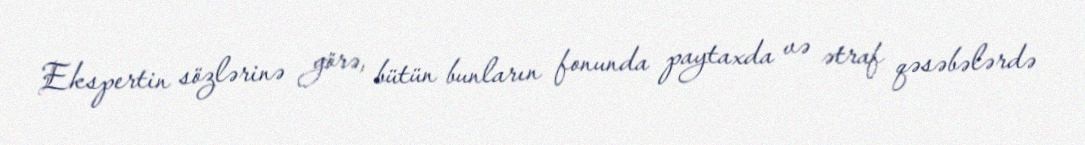
Ekspertin sözlərinə görə, bütün bunların fonunda paytaxda və ətraf qəsəbələrdə